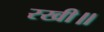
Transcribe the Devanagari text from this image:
रखी॥